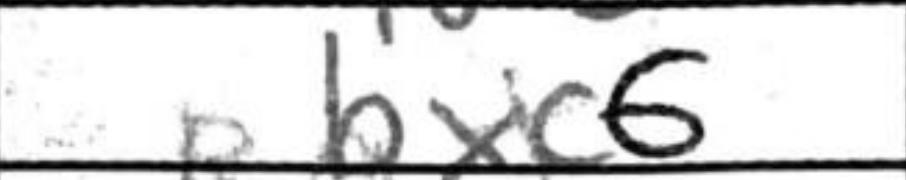
Transcription: bxc6